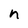
Character: n